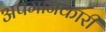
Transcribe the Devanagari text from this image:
अपमानकारी